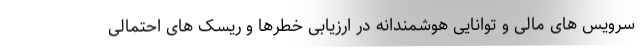
سرویس های مالی و توانایی هوشمندانه در ارزیابی خطرها و ریسک های احتمالی